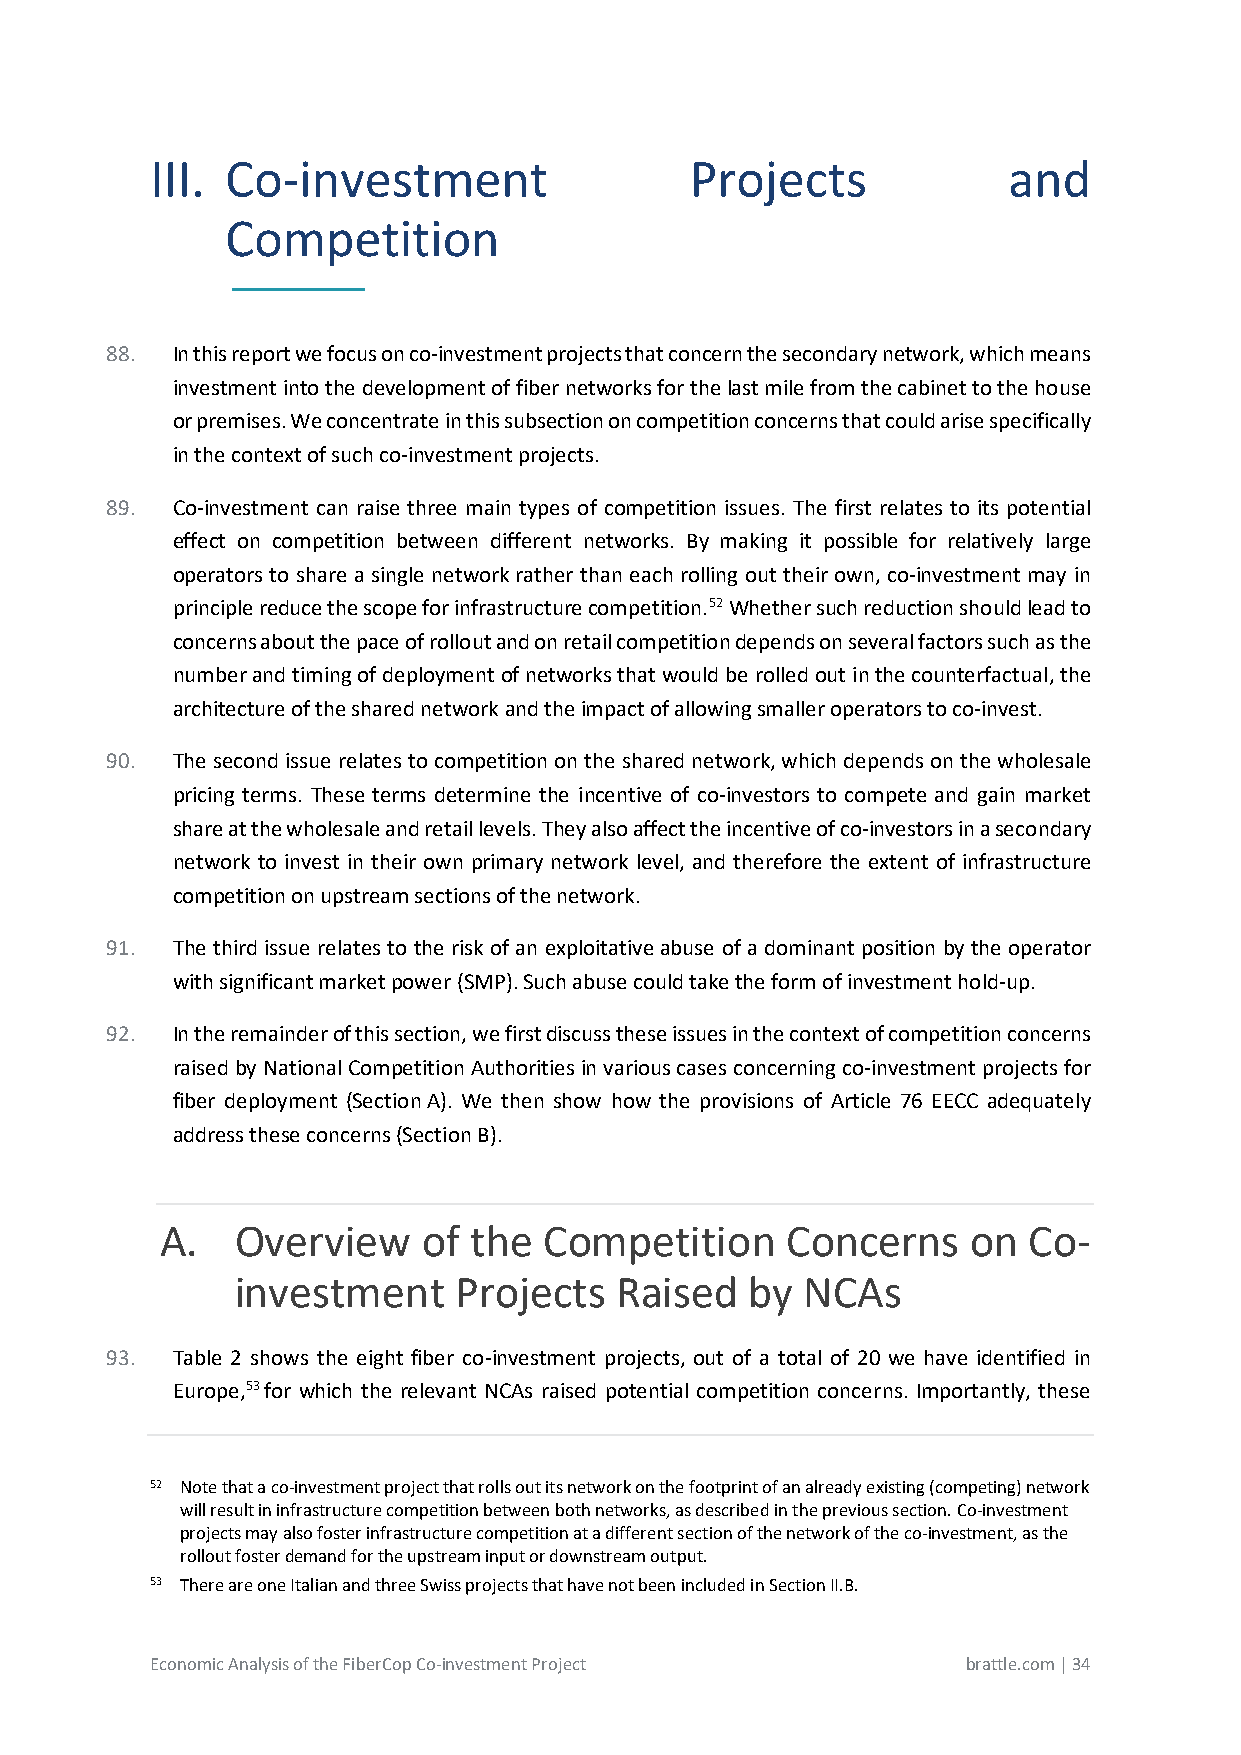
III. Co-investment                  Projects             and
 Competition
 _________
 88. In this report we focus on co-investment projects that concern the secondary network, which means
 investment into the development of fiber networks for the last mile from the cabinet to the house
 or premises. We concentrate in this subsection on competition concerns that could arise specifically
 in the context of such co-investment projects.
 89. Co-investment can raise three main types of competition issues. The first relates to its potential
 effect on competition between different networks. By making it possible for relatively large
 operators to share a single network rather than each rolling out their own, co-investment may in
 principle reduce the scope for infrastructure competition.52 Whether such reduction should lead to
 concerns about the pace of rollout and on retail competition depends on several factors such as the
 number and timing of deployment of networks that would be rolled out in the counterfactual, the
 architecture of the shared network and the impact of allowing smaller operators to co-invest.
 90. The second issue relates to competition on the shared network, which depends on the wholesale
 pricing terms. These terms determine the incentive of co-investors to compete and gain market
 share at the wholesale and retail levels. They also affect the incentive of co-investors in a secondary
 network to invest in their own primary network level, and therefore the extent of infrastructure
 competition on upstream sections of the network.
 91. The third issue relates to the risk of an exploitative abuse of a dominant position by the operator
 with significant market power (SMP). Such abuse could take the form of investment hold-up.
 92. In the remainder of this section, we first discuss these issues in the context of competition concerns
 raised by National Competition Authorities in various cases concerning co-investment projects for
 fiber deployment (Section A). We then show how the provisions of Article 76 EECC adequately
 address these concerns (Section B).
 A.   Overview    of the  Competition     Concerns    on  Co-
 investment    Projects   Raised   by NCAs
 93. Table 2 shows the eight fiber co-investment projects, out of a total of 20 we have identified in
 Europe,53 for which the relevant NCAs raised potential competition concerns. Importantly, these
 52 Note that a co-investment project that rolls out its network on the footprint of an already existing (competing) network
 will result in infrastructure competition between both networks, as described in the previous section. Co-investment
 projects may also foster infrastructure competition at a different section of the network of the co-investment, as the
 rollout foster demand for the upstream input or downstream output.
 53 There are one Italian and three Swiss projects that have not been included in Section II.B.
 Economic Analysis of the FiberCop Co-investment Project brattle.com | 34